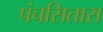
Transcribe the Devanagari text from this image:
पंचसितारा